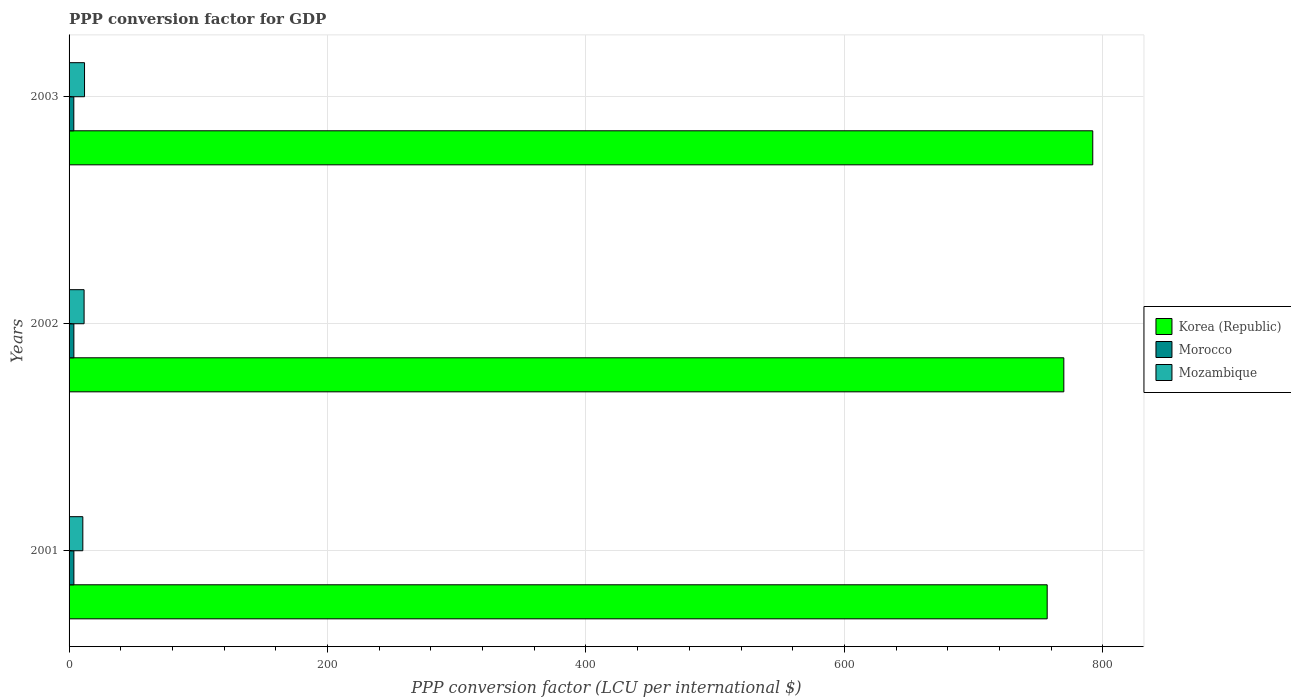
| Years | Korea (Republic) | Morocco | Mozambique |
 | --- | --- | --- | --- |
 | 2001 | 757 | 3.73 | 10.6 |
 | 2002 | 770 | 3.72 | 11.6 |
 | 2003 | 792 | 3.67 | 12 |